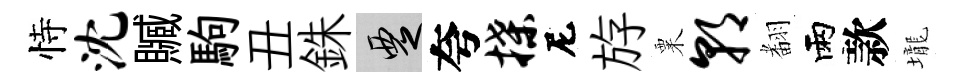
恃沈贓駒丑銖覂夸揲尼斿粟朝𮋒雨款壠